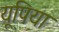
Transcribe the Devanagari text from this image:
यूपिया